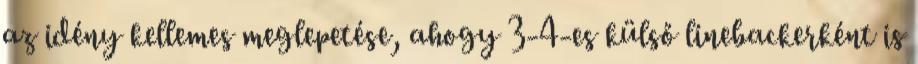
az idény kellemes meglepetése, ahogy 3-4-es külső linebackerként is